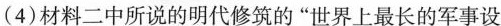
(4)材料二中所说的明代修筑的”世界上最长的军事设